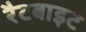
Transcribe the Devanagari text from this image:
रैटबाइट